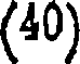
(40)